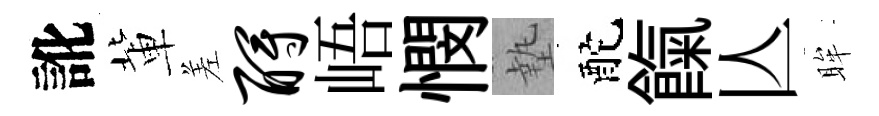
訛軰差酹峿憫墊酡餼亾眸